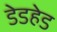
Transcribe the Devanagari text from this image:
डेडहेड